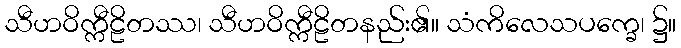
သီဟဝိက္ကီဠိတဿ၊ သီဟဝိက္ကီဠိတနည်း၏။ သံကိလေသပက္ခေ၊ ၌။